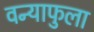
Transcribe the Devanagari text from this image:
वन्याफुला